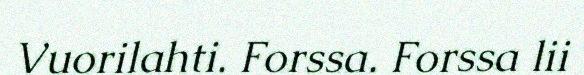
Vuorilahti. Forssa. Forssa lii